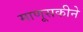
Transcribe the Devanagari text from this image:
माणूसकीने